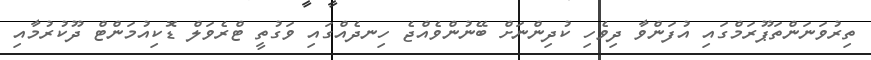
ތިރުވަނަންތަޕޫރަމްގައި އުފަންވާ ދިވެހި ކުދިންނަށް ބޭނުންވެއްޖެ ހިނދެއްގައި ވަގުތީ ޓްރެވަލް ޑޮކިއުމަންޓް ދޫކުރުމާއި